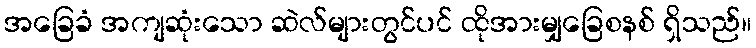
အခြေခံ အကျဆုံးသော ဆဲလ်များတွင်ပင် ထိုအားမျှခြေစနစ် ရှိသည်။